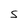
Character: S